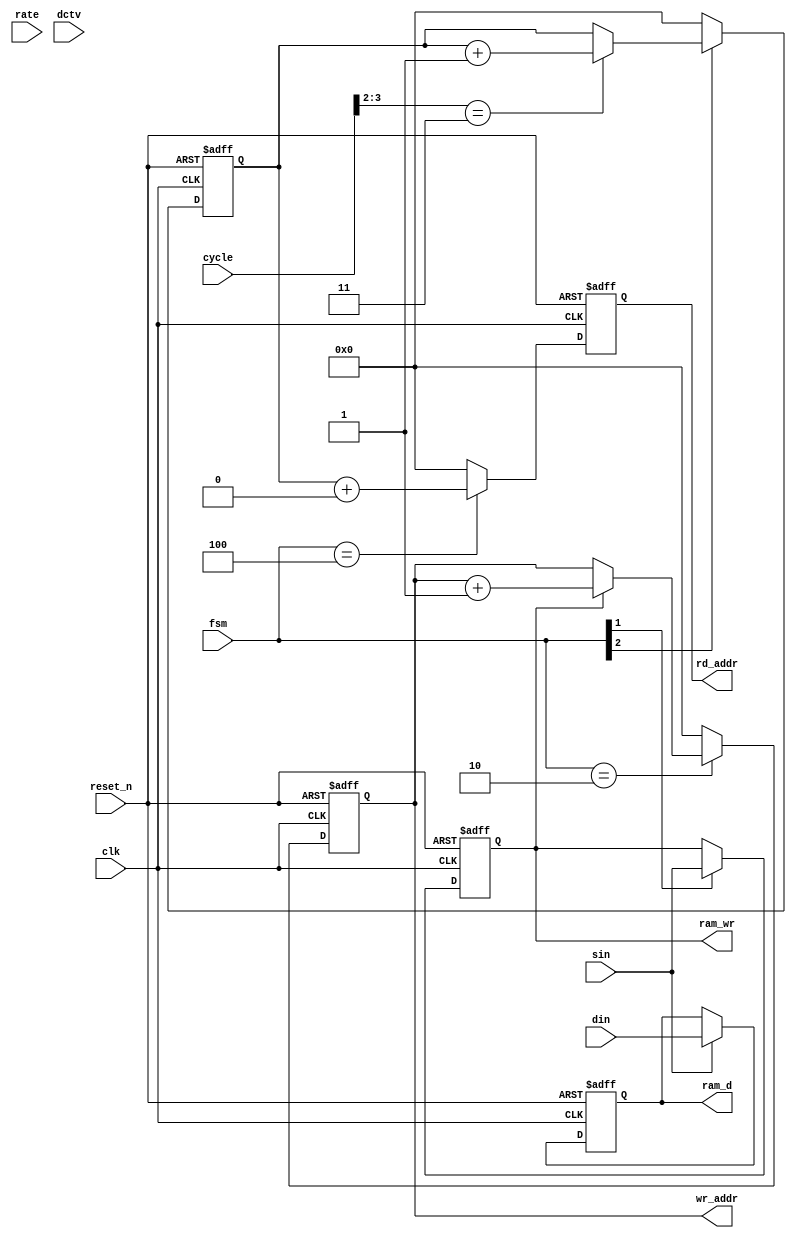
module vtc_cell(
    clk,
    reset_n,
    sin,
    din,
    fsm,
    cycle,
    rate,

    wr_addr,
    rd_addr,
    ram_wr,
    ram_d,
    dctv 
);

//Parameter
parameter OFFSET1 = 0,
          OFFSET2 = 0,
          OFFSET3 = 0;

parameter D_WID = 8;
parameter A_WID = 8;

//Input ports
input                 clk        ;
input                 reset_n    ;
input                 rate       ;
input   [D_WID-1:0]   din        ; // LLR input
input                 sin        ;
input   [3:0]         fsm        ;
input   [3:0]         cycle      ;
input   [D_WID-1:0]   dctv       ;

output  [A_WID-1:0]   wr_addr    ;
output  [A_WID-1:0]   rd_addr    ;
output                ram_wr     ;
output  [D_WID-1:0]   ram_d      ;

reg     [A_WID-1:0]   wr_addr    ;
reg     [A_WID-1:0]   rd_addr    ;
reg                   ram_wr     ;
reg     [D_WID-1:0]   ram_d      ;
reg     [A_WID-1:0]   addr_offset;
reg     [A_WID-1:0]   rd_counter ;

always @ (posedge clk or negedge reset_n)
begin : wr_addr_r
    if(!reset_n)
        wr_addr <= #1 1'b0;
    else begin
    case(fsm)
    4'b0010:
        if(ram_wr)    
        wr_addr <= #1 wr_addr + 1'b1;
    default:
        wr_addr <= #1 1'b0;
    endcase
    end
end    

always @ (*)
begin : addr_offset_r
    case(cycle[3:2])
    2'b01: addr_offset = OFFSET1;
    2'b10: addr_offset = OFFSET2;
    2'b11: addr_offset = OFFSET3;
    default: addr_offset = 8'h0;
    endcase
end    

always @ (posedge clk or negedge reset_n)
begin : rd_addr_r
    if(!reset_n)
        rd_addr <= #1 8'h0;
    else begin
    case(fsm)
    4'b0100:
        rd_addr <= #1 rd_counter + addr_offset;
    default:
        rd_addr <= #1 8'h0;
    endcase
    end
end        

always @ (posedge clk or negedge reset_n)
begin : rd_counter_r
    if(!reset_n)
        rd_counter <= #1 8'h0;
    else if(fsm[2]) begin 
        if ( cycle[3:2] == 2'b11)
        rd_counter <= #1 rd_counter + 1'b1;
        else
        rd_counter <= #1 rd_counter;
        end
    else
        rd_counter <= #1 8'h0;
end

always @ (posedge clk or negedge reset_n)
begin : wr_r
    if(!reset_n)
        ram_wr <= #1 1'b0;
    else if(fsm[1])
        ram_wr <= #1 sin;
end

always @ (posedge clk or negedge reset_n)
begin : data_in_r
    if(!reset_n)
         ram_d <= #1 'h0;
    else if(sin)
         ram_d <= #1 din;
end

endmodule